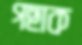
গছাক